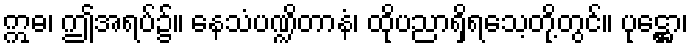
ဣဓ၊ ဤအရပ်၌။ နေသံပဏ္ဍိတာနံ၊ ထိုပညာရှိရသေ့တို့တွင်။ ပုဋ္ဌော၊